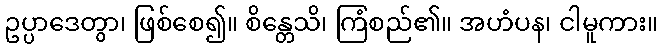
ဥပ္ပာဒေတွာ၊ ဖြစ်စေ၍။ စိန္တေသိ၊ ကြံစည်၏။ အဟံပန၊ ငါမူကား။